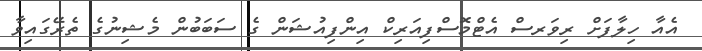
އެއާ ހިލާފަށް ރިވަރސް އެޓްމޮސްފިއަރިކް އިންފިއުޝަން ގެ ސަބަބުން މެޝިނުގެ ތެރޭގައިވާ